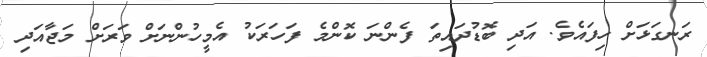
ރަނގަޅަށް ހިފައެވެ. އަދި ބޮޑުދައިތަ ފެންނަ ކޮންމެ ފަހަރަކު އެމީހުންނަށް ވަރަށް މަޖާއަދި